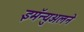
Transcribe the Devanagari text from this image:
इमॅन्युअलने